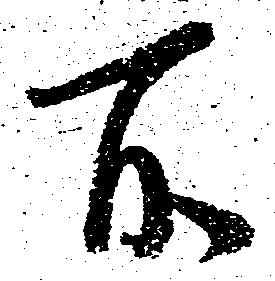
所